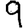
Digit: 9